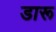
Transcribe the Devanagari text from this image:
डारू